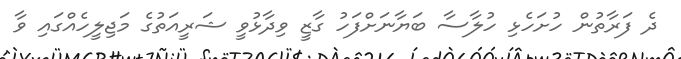
ދެ ފަރާތުން ހުށަހެޅި ހުލާސާ ބަޔާނަށްފަހު ގާޒީ ވިދާޅުވީ ޝަރީއަތުގެ މަޖިލީހެއްގައި ވާ